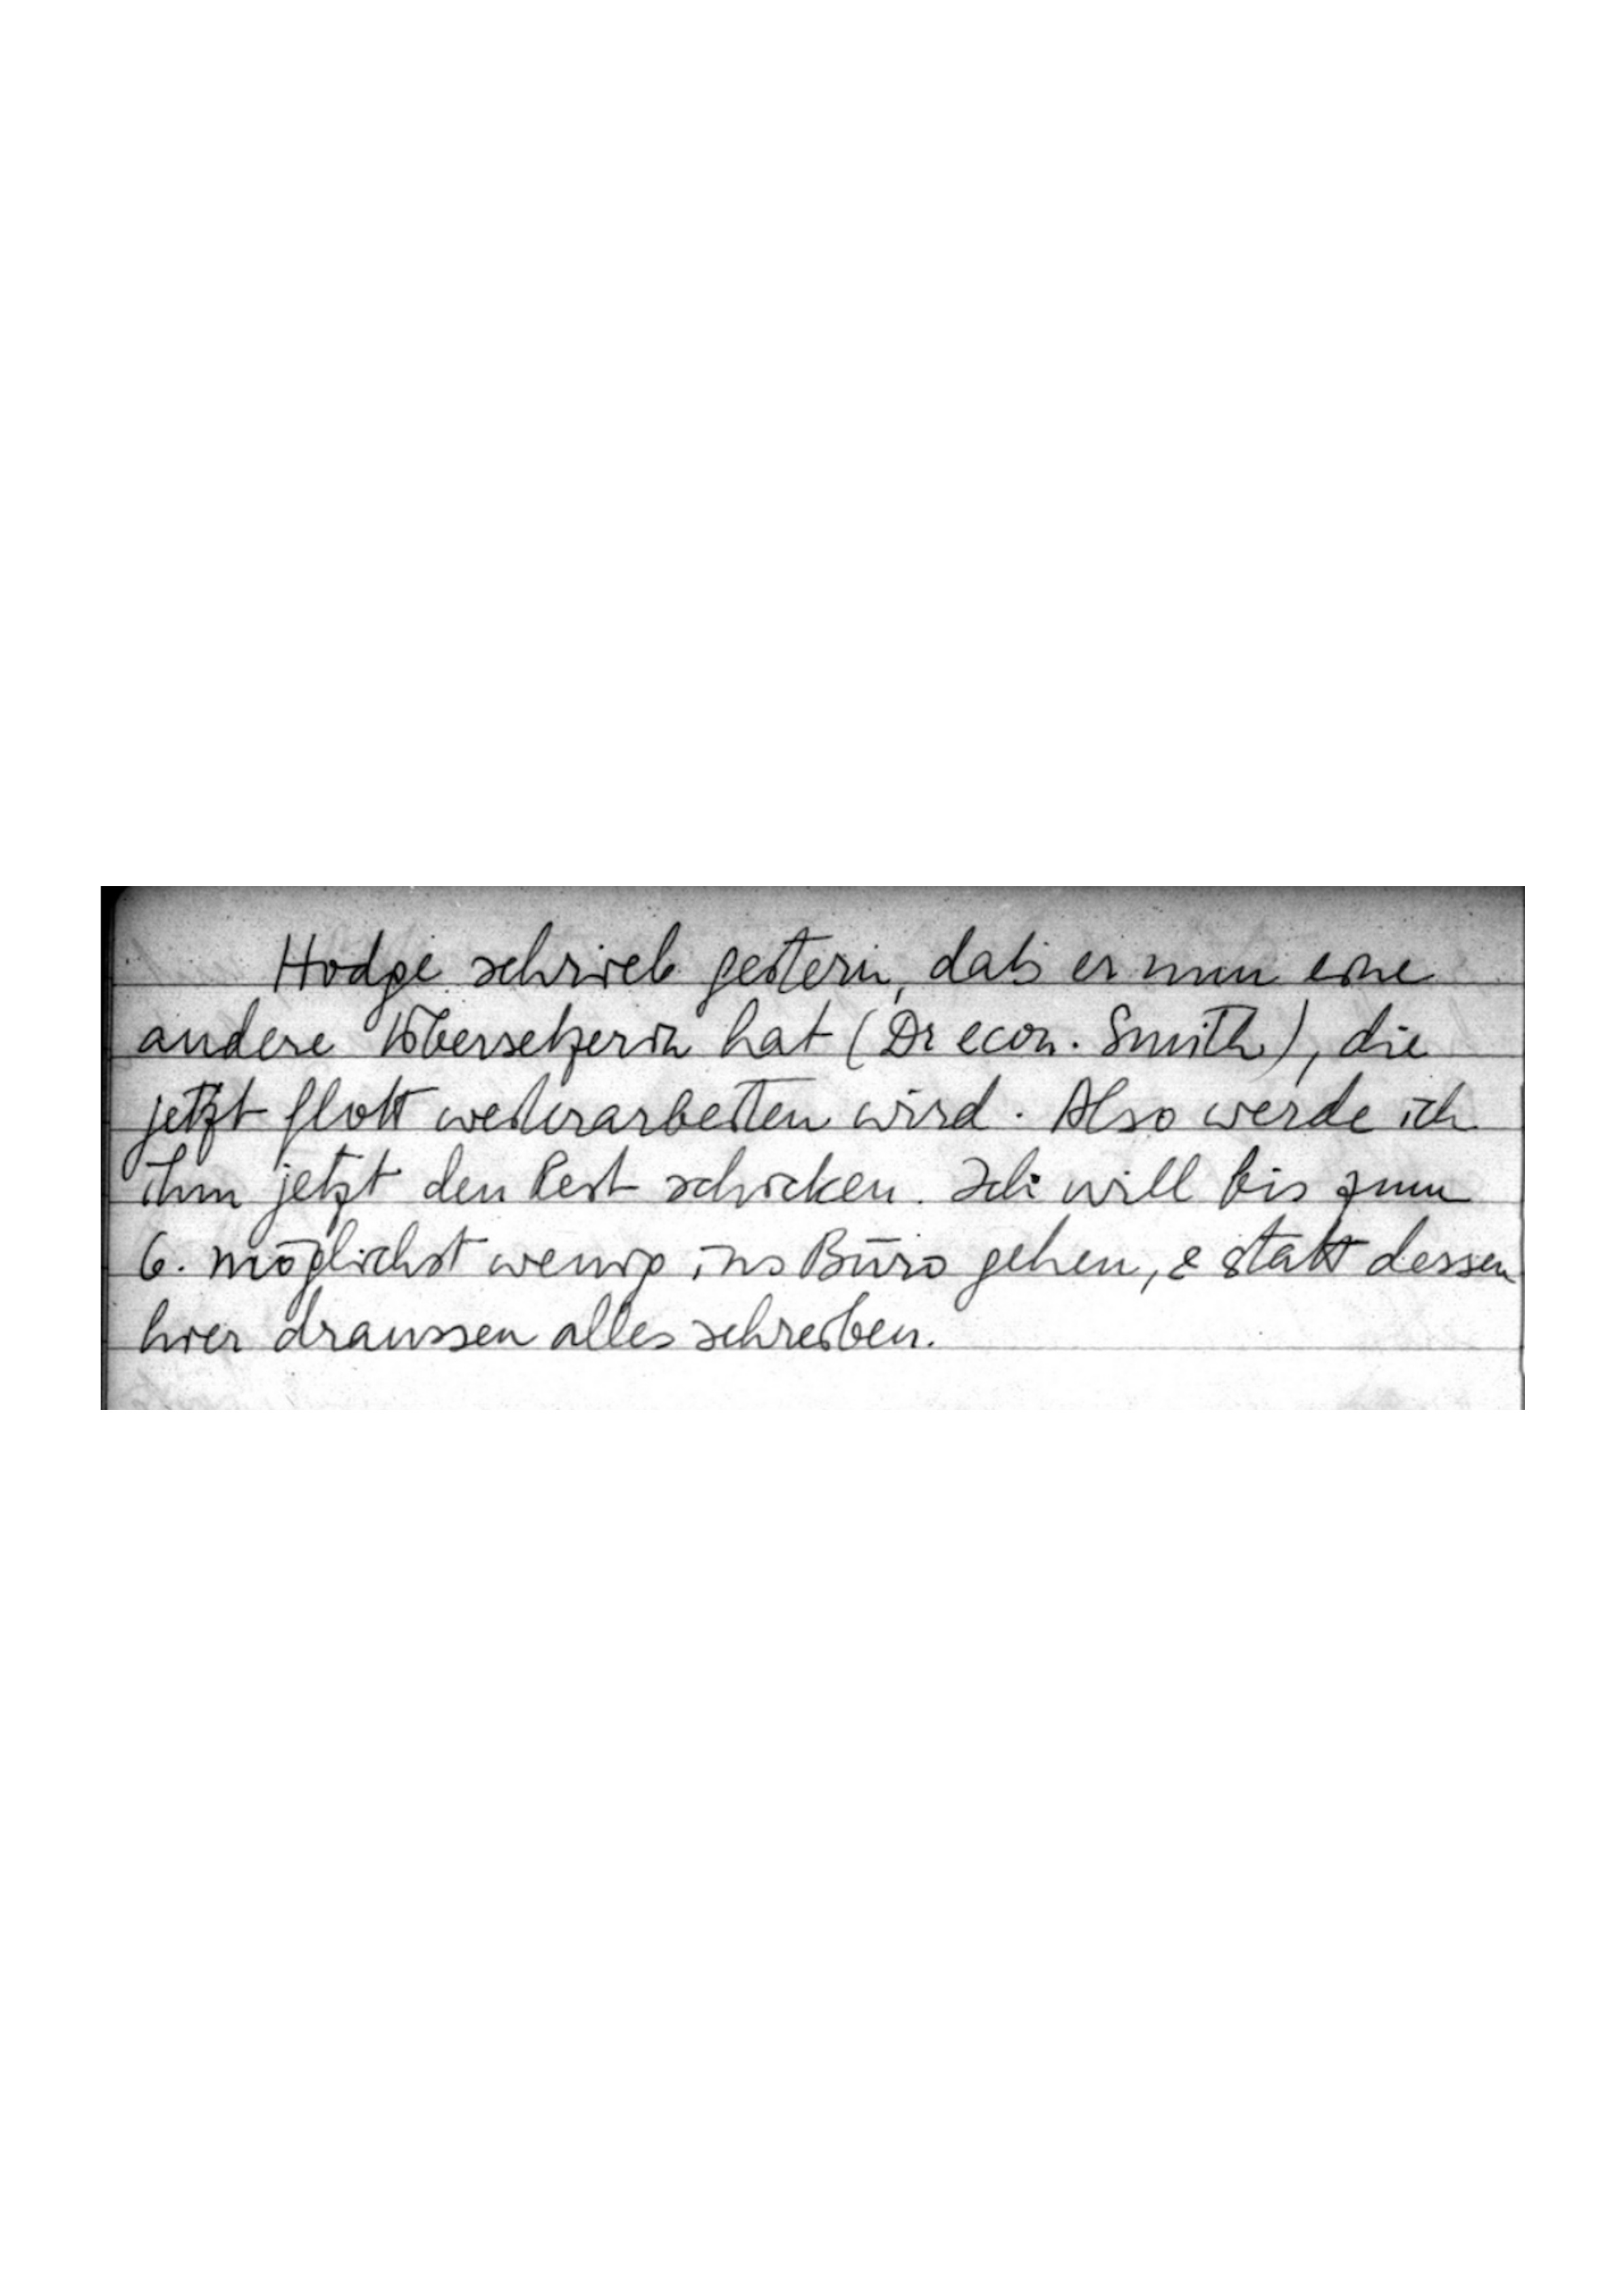
Hodge schrieb gestern, daß er nun eine
andere Übersetzerin hat (Dr econ. Smith), die
jetzt flott weiterarbeiten wird. Also werde ich
ihm jetzt den Rest schicken. Ich will bis zum
6. möglichst wenig ins Büro gehen, & statt dessen
hier draussen alles schreiben.